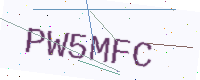
Text: PW5MFC